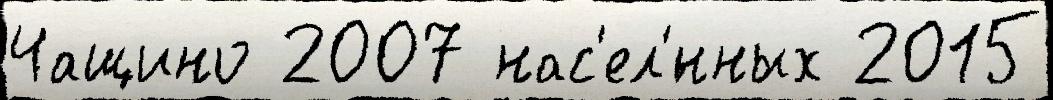
Чащино 2007 нас'ел'́нных 2015